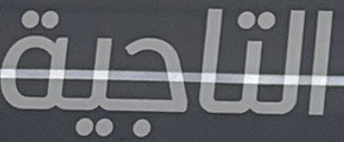
التاجية